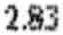
2.83